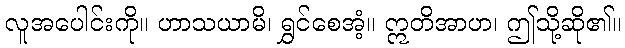
လူအပေါင်းကို။ ဟာသယာမိ၊ ရွှင်စေအံ့။ ဣတိအာဟ၊ ဤသို့ဆို၏။